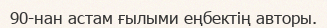
90-нан астам ғылыми еңбектің авторы.